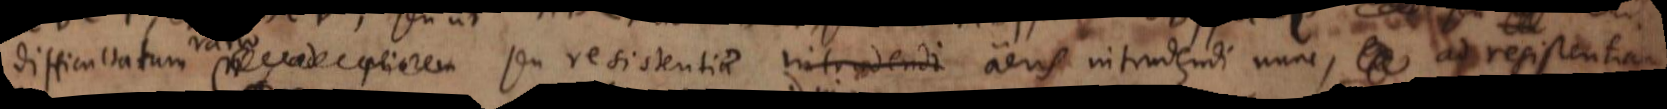
difficultatum ad priorem seu resistentiae intrudendi aeris intrudendi nunc, ad resistentiam